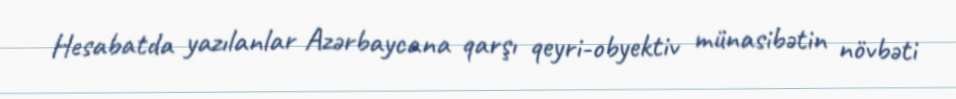
Hesabatda yazılanlar Azərbaycana qarşı qeyri-obyektiv münasibətin növbəti